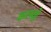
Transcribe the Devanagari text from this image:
करमहे